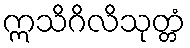
ဣသိဂိလိသုတ္တံ